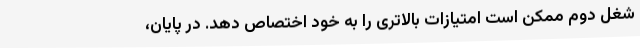
شغل دوم ممکن است امتیازات بالاتری را به خود اختصاص دهد. در پایان،